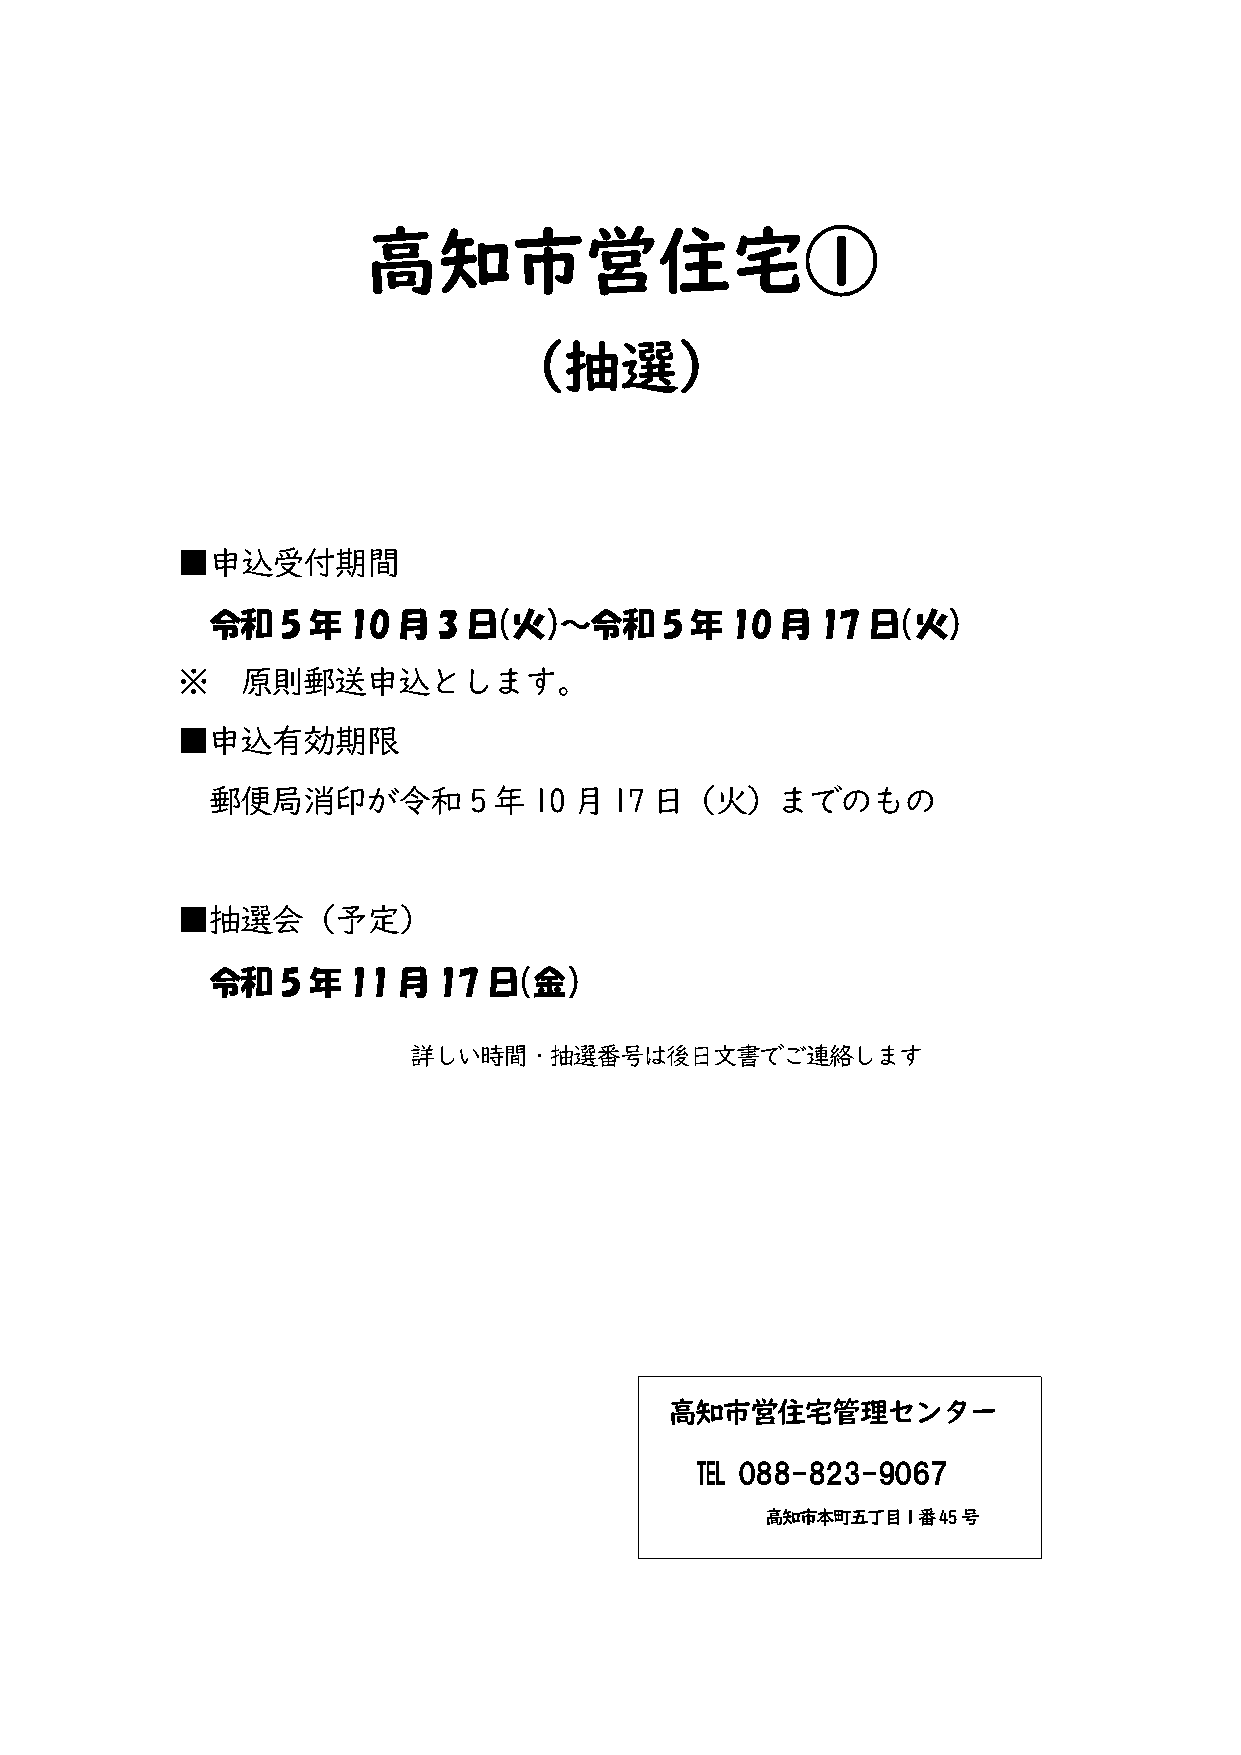
高知市営住宅①
 （抽選）
 ■申込受付期間
 令和   5 年 10 月  3 日（火）～令和      5 年 10  月 17 日（火）
 ※   原則郵送申込とします。
 ■申込有効期限
 郵便局消印が令和         5 年 10 月 17 日（火）までのもの
 ■抽選会（予定）
 令和   5 年 11 月  17 日（金）
 詳しい時間・抽選番号は後日文書でご連絡します
 高知市営住宅管理センター
 ℡  088-823-9067
 高知市本町五丁目１番45号